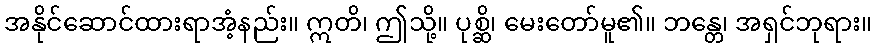
အနိုင်ဆောင်ထားရာအံ့နည်း။ ဣတိ၊ ဤသို့။ ပုစ္ဆိ၊ မေးတော်မူ၏။ ဘန္တေ၊ အရှင်ဘုရား။